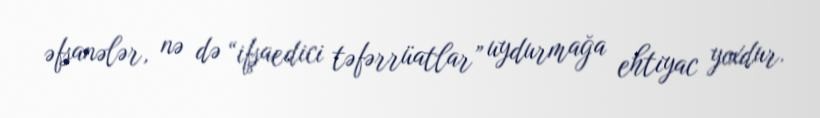
əfsanələr, nə də “ifşaedici təfərrüatlar” uydurmağa ehtiyac yoxdur.